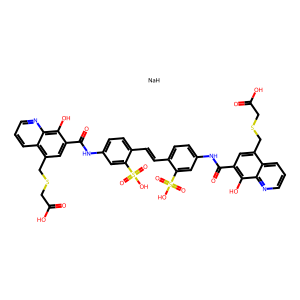
SMILES: O=C(O)CSCc1cc(C(=O)Nc2ccc(C=Cc3ccc(NC(=O)c4cc(CSCC(=O)O)c5cccnc5c4O)cc3S(=O)(=O)O)c(S(=O)(=O)O)c2)c(O)c2ncccc12.[NaH]
Inhibits HIV replication: Yes